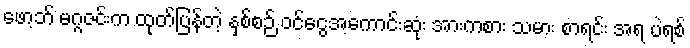
ဖော့ဘ် မဂ္ဂဇင်းက ထုတ်ပြန်တဲ့ နှစ်စဉ် ဝင်ငွေအကောင်းဆုံး အားကစား သမား စာရင်း အရ ပဲရစ်